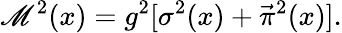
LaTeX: \mathscr{M}^{2}(x)=g^{2}[\sigma^{2}(x)+\vec{{\pi}}^{2}(x)].